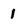
Character: 1